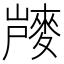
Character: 𪌨